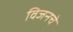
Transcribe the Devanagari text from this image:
विजनचे